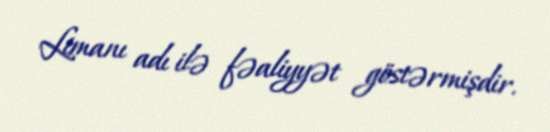
Limanı adı ilə fəaliyyət göstərmişdir.